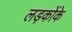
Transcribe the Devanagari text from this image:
लड़कोंके